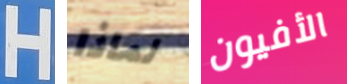
H لماذا الأفيون